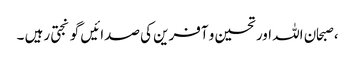
، صبحان اللہ اور تحسین و آفرین کی صدائیں گونجتی رہیں ۔